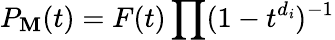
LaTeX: P_{\mathbf{M}}(t)=F(t)\prod(1-t^{d_{\mathit{i}}})^{-1}